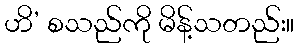
ဟိ’ စသည်ကို မိန့်သတည်း။